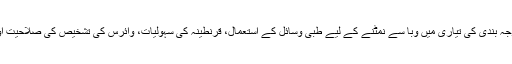
ہانگ کانگ کے اسٹڈی گروپ نے ممالک کی درجہ بندی کی تیاری میں وبا سے نمٹنے کے لیے طبی وسائل کے استعمال، قرنطینہ کی سہولیات، وائرس کی تشخیص کی صلاحیت اور معاشی نقصانات کی رفتار کو معیار بنایا ہے۔